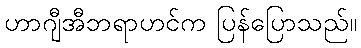
ဟာဂျီအီဘရာဟင်က ပြန်ပြောသည်။